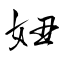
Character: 妞